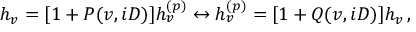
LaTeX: h _ { v } = [ 1 + P ( v , i D ) ] h _ { v } ^ { ( p ) } \leftrightarrow h _ { v } ^ { ( p ) } = [ 1 + Q ( v , i D ) ] h _ { v } \, ,